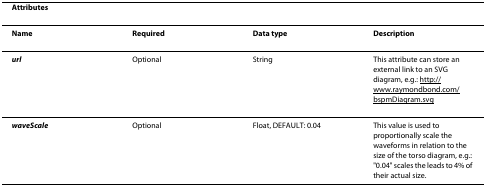
<table><thead><tr><td><b>Attributes</b></td><td></td><td></td><td></td></tr></thead><tbody><tr><td><b>Name</b></td><td><b>Required</b></td><td><b>Data type</b></td><td><b>Description</b></td></tr><tr><td><b><i>url</i></b></td><td>Optional</td><td>String</td><td>This attribute can store an external link to an SVG diagram, e.g.: http://www.raymondbond.com/bspmDiagram.svg</td></tr><tr><td><b><i>waveScale</i></b></td><td>Optional</td><td>Float, DEFAULT: 0.04</td><td>This value is used to proportionally scale the waveforms in relation to the size of the torso diagram, e.g.: &quot;0.04&quot; scales the leads to 4% of their actual size.</td></tr></tbody></table>